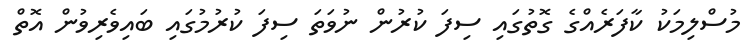
މުސްލިމަކު ކާފަރެއްގެ ގޮތުގަައި ސިފަ ކުރުން ނުވަތަ ސިފަ ކުރުމުގައި ބައިވެރިވުން އޮތް